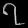
Digit: ၇